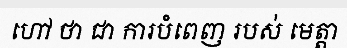
ហៅ ថា ជា ការបំពេញ របស់ មេត្តា